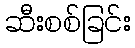
ဆီးစစ်ခြင်း